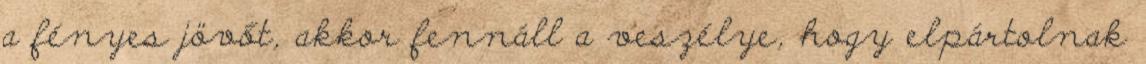
a fényes jövőt, akkor fennáll a veszélye, hogy elpártolnak